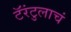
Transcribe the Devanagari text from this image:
टॅरंटुलाचं